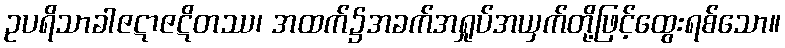
ဥပရိသာခါဇဋာဇဋိတဿ၊ အထက်၌အခက်အရှုပ်အယှက်တို့ဖြင့်ထွေးရစ်သော။